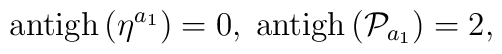
\mathrm{antigh}\left( \eta ^{a_{1}}\right) =0,\;\mathrm{antigh}\left( \mathcal{P}_{a_{1}}\right) =2,